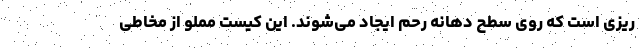
ریزی است که روی سطح دهانه رحم ایجاد می‌شوند. این کیست مملو از مخاطی